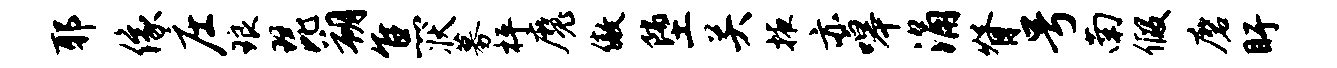
耶像庄琅琵朔焦状募枰魔傲堕关掖亦嗥涌脊号南假磨盱